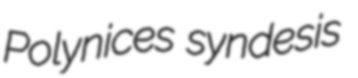
Polynices syndesis